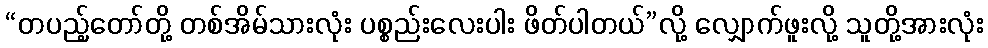
“တပည့်တော်တို့ တစ်အိမ်သားလုံး ပစ္စည်းလေးပါး ဖိတ်ပါတယ်”လို့ လျှောက်ဖူးလို့ သူတို့အားလုံး